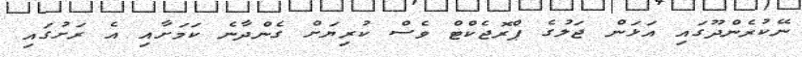
ނޭކުރެންދޫގައި އަޅަން ޖަލުގެ ޕްރޮޖެކްޓް ވެސް ކުރިޔަށް ގެންދާނެ ކަމަށާއި އެ ރަށުގައި